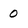
Character: 0